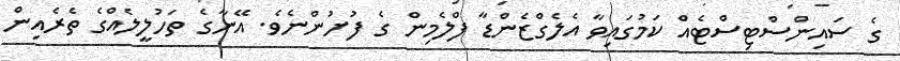
ގެ ސައިންސްޓިސްޓެއް ކަމުގައިވާ އެލެގްޒެންޑާ ފްލެމިން ގެ ފުށުންނެވެ. އޭނާގެ ތަހުލީލެއްގެ ތެރެއިން